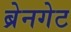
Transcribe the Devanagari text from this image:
ब्रेनगेट